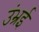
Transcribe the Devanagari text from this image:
उंभ्रई